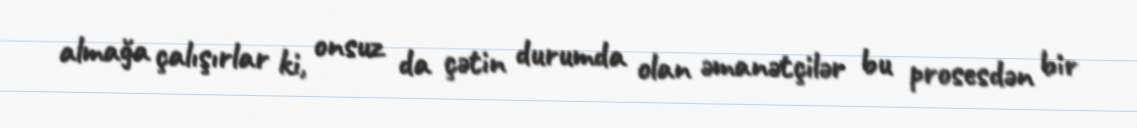
almağa çalışırlar ki, onsuz da çətin durumda olan əmanətçilər bu prosesdən bir